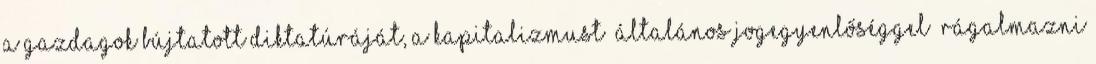
a gazdagok bújtatott diktatúráját, a kapitalizmust “általános jogegyenlőséggel” rágalmazni